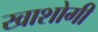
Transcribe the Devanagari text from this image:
खाशोगी